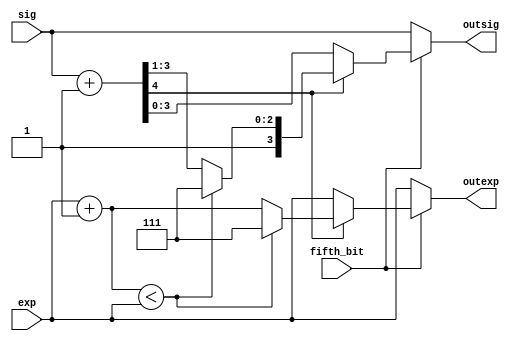
module rounder(
    input [2:0] exp,
    input [3:0] sig,
    input fifth_bit,
    output [2:0] outexp,
    output [3:0] outsig
);

reg [4:0] sig_reg;
reg [2:0] exp_reg;

always @* begin
  sig_reg = sig;
  exp_reg = exp;

  if (fifth_bit) begin
    sig_reg = sig + 1;

    // detect overflow
    if (sig_reg[4]) begin
        sig_reg = sig_reg >> 1;
        exp_reg = exp + 1;

        if (exp_reg < exp) begin
            sig_reg = 'b1111;
            exp_reg = 'b111;
        end
    end
  end
end

assign outexp = exp_reg;
assign outsig = sig_reg[3:0];
endmodule